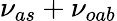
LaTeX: \nu_{as}+\nu_{oab}